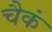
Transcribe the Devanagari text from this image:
चैकं